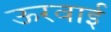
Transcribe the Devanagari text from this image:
ऊरवाई